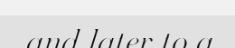
and later to a